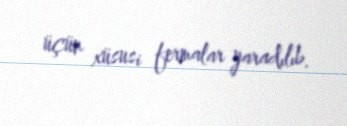
üçün xüsusi fermalar yaradılıb.